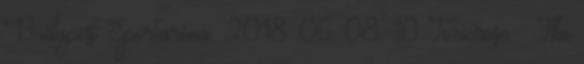
Budapest Sportaréna, 2018. 06. 08. 10 Toxicrose – The